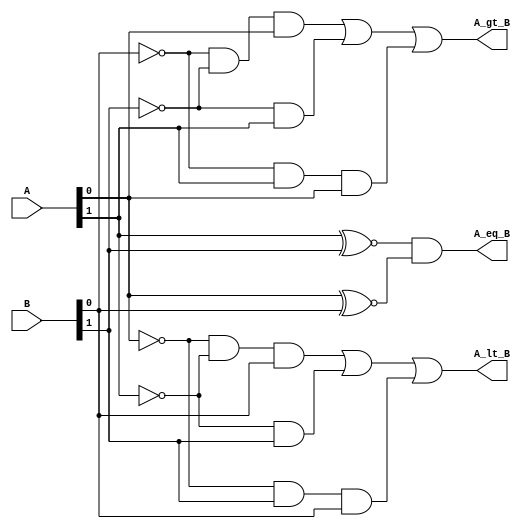
module comp2(
    output A_gt_B, A_lt_B, A_eq_B, 
    input [1:0] A, B);

    wire tmp1,tmp2,tmp3,tmp4,tmp5, tmp6, tmp7, tmp8;  

    // A = B
    assign tmp1 = A[1] ^~ B[1];  
    assign tmp2 = A[0] ^~ B[0];  
    assign A_eq_B = tmp1 && tmp2;  

    // A < B   
    assign tmp3 = (~A[0]) & (~A[1]) & B[0];  
    assign tmp4 = (~A[1]) & B[1];  
    assign tmp5 = (~A[0]) & B[1] & B[0];  
    assign A_lt_B = tmp3 | tmp4 | tmp5;  

    // A > B   
    assign tmp6 = (~B[0]) & (~B[1]) & A[0];  
    assign tmp7 = (~B[1]) & A[1];  
    assign tmp8 = (~B[0]) & A[1] & A[0];  
    assign A_gt_B = tmp6 | tmp7 | tmp8;  

endmodule